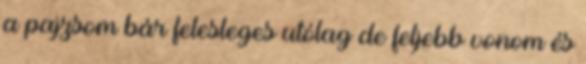
a pajzsom bár felesleges utólag de feljebb vonom és